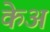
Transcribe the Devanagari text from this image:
केअ